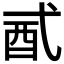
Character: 𨟲